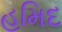
હમિદ